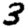
Digit: 3